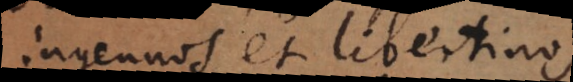
ingenuos et libertinos.